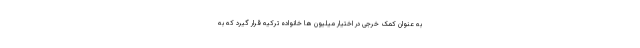
به عنوان کمک خرجی در اختیار میلیون ها خانواده ترکیه قرار گیرد که به